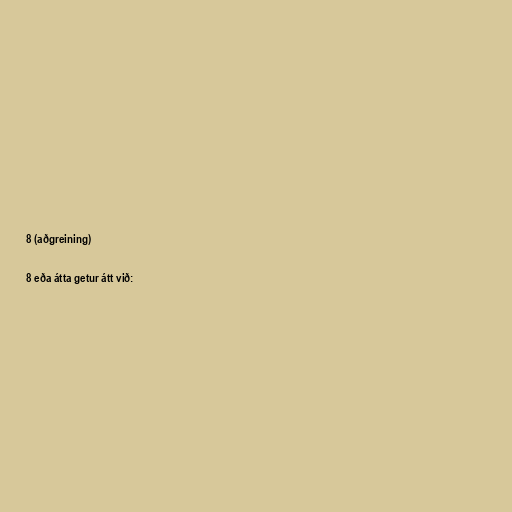
8 (aðgreining)

8 eða átta getur átt við: